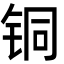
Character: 铜